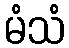
မံသံ